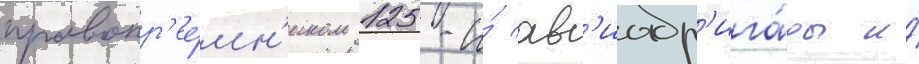
правопр'ее́мн'иком 125-и́ ав'иабр'ига́ды и́